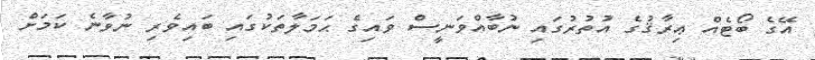
އޭގެ ބޯޓެއް ޢިރާޤުގެ އުތުރުގައި ނުބާއްވަނީސް ވައިގެ ޙަމަލާތަކުގައި ބައިވެރި ނުވާނެ ކަމަށް